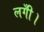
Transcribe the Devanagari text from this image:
लगीँ।